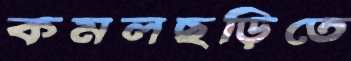
কমলছড়িতে